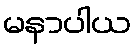
မနာပါယ